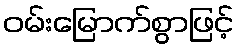
ဝမ်းမြောက်စွာဖြင့်